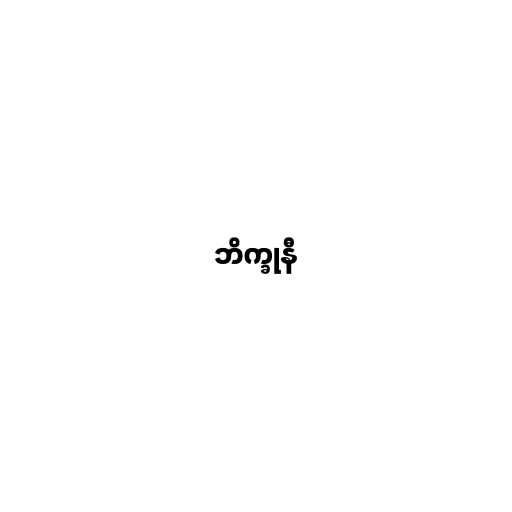
ဘိက္ခုနီ